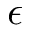
\epsilon